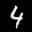
Label: 4